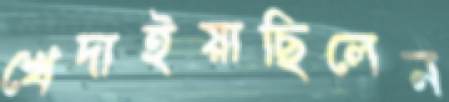
খেদাইয়াছিলেন